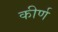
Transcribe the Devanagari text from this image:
कीर्ण